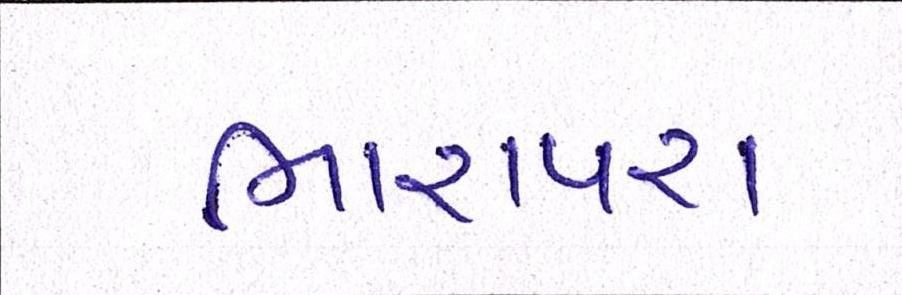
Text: ભારાપરા